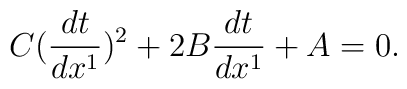
C(\frac{dt}{dx^1})^2+2B\frac{dt}{dx^1}+A=0.